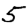
Digit: 5